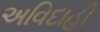
અવિદાહી